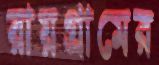
রায়গ্রামের